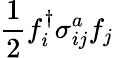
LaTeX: \frac{1}{2}f_{i}^{\dagger}\sigma_{ij}^{a}f_{j}